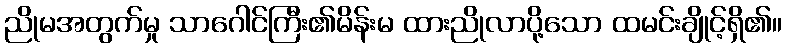
ညိုမအတွက်မှု သာဂေါင်ကြီး၏မိန်းမ ထားညိုလာပို့သော ထမင်းချိုင့်ရှိ၏။